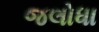
જલોધા